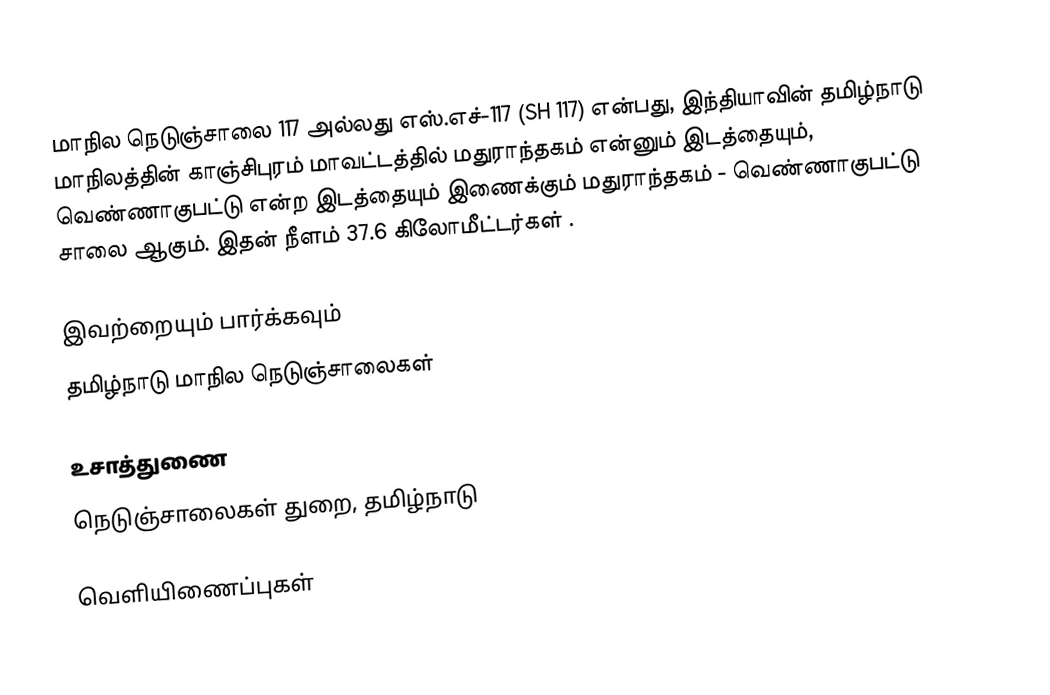
மாநில நெடுஞ்சாலை 117 அல்லது எஸ்.எச்-117 (SH 117) என்பது, இந்தியாவின் தமிழ்நாடு மாநிலத்தின் காஞ்சிபுரம் மாவட்டத்தில் மதுராந்தகம் என்னும் இடத்தையும், வெண்ணாகுபட்டு என்ற இடத்தையும் இணைக்கும் மதுராந்தகம் - வெண்ணாகுபட்டு சாலை ஆகும். இதன் நீளம் 37.6  கிலோமீட்டர்கள் .

இவற்றையும் பார்க்கவும்
 தமிழ்நாடு மாநில நெடுஞ்சாலைகள்

உசாத்துணை
 நெடுஞ்சாலைகள் துறை, தமிழ்நாடு

வெளியிணைப்புகள்